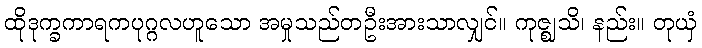
ထိုဒုက္ခကာရကပုဂ္ဂလဟူသော အမှုသည်တဦးအားသာလျှင်။ ကုဇ္ဈသိ၊ နည်း။ တုယှံ